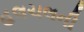
હલચલની